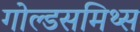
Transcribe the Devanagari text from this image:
गोल्डसमिथ्स